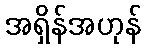
အရှိန်အဟုန်